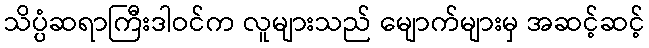
သိပ္ပံဆရာကြီးဒါဝင်က လူများသည် မျောက်များမှ အဆင့်ဆင့်